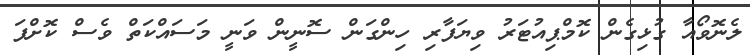
ލެނޮވޯއާ ގުޅިގެން ކޮމްޕިއުޓަރު ވިޔަފާރި ހިންގަން ސޮނީން ވަނީ މަސައްކަތް ވެސް ކޮށްފަ